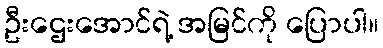
ဦးဌေးအောင်ရဲ့ အမြင်ကို ပြောပါ။